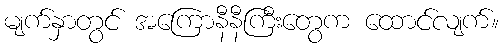
မျက်နှာတွင် အကြောနီနီကြီးတွေက ထောင်လျက်။